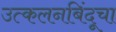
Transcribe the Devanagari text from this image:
उत्कलनबिंदूचा